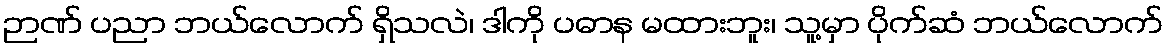
ဉာဏ် ပညာ ဘယ်လောက် ရှိသလဲ၊ ဒါကို ပဓာန မထားဘူး၊ သူ့မှာ ပိုက်ဆံ ဘယ်လောက်